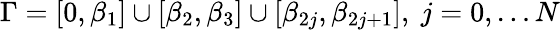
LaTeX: \Gamma=[0,\beta_{1}]\cup[\beta_{2},\beta_{3}]\cup[\beta_{2j},\beta_{2j+1}],\ j=0,\dots N